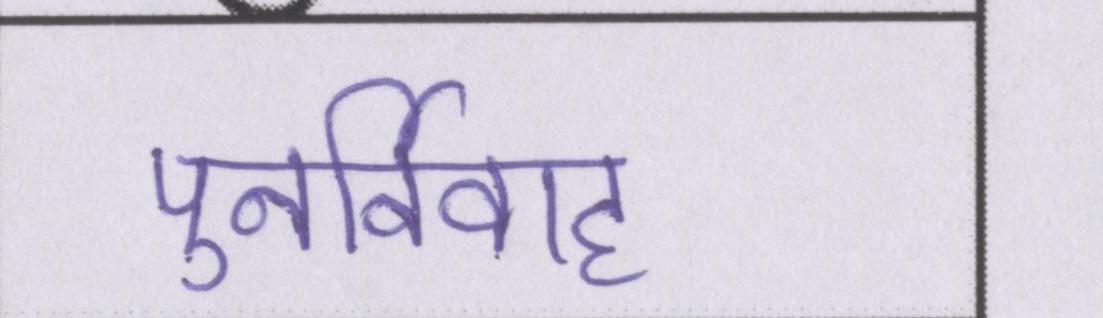
पुनर्विवाह